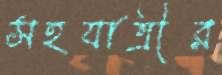
সহযাত্রীর